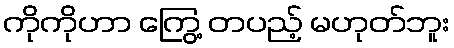
ကိုကိုဟာ ကြွေ့ တပည့် မဟုတ်ဘူး